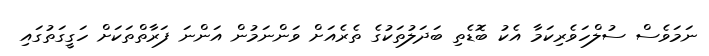
ނަމަވެސް ސުލްހަވެރިކަމާ އެކު ބޮޑެތި ބަދަލުތަކުގެ ތެރެއަށް ވަންނަމުން އަންނަ ފަރާތްތަކަށް ހަގީގަތުގައި